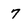
Character: 7